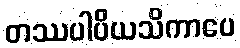
တဿပါပိယသိကာပေ